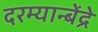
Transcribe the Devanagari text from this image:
दरम्यान्बेंद्रे